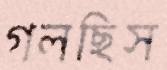
গলছিস